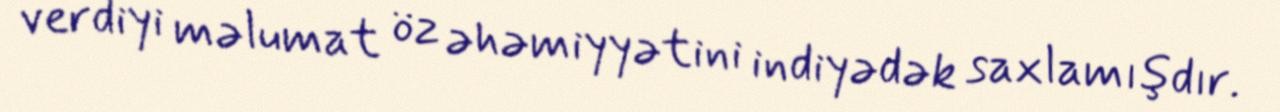
verdiyi məlumat öz əhəmiyyətini indiyədək saxlamışdır.